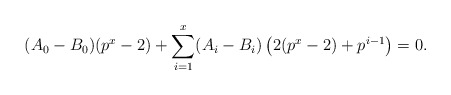
\begin{align*}(A_0-B_0)(p^x-2) + \sum_{i=1}^x (A_i - B_i) \left(2 (p^x-2) +p^{i-1}\right) = 0.\end{align*}